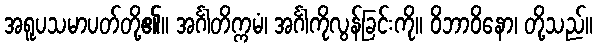
အရူပသမာပတ်တို့၏။ အင်္ဂါတိက္ကမံ၊ အင်္ဂါကိုလွန်ခြင်းကို။ ဝိဘာဝိနော၊ တို့သည်။